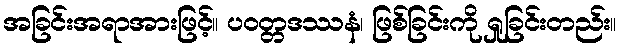
အခြင်းအရာအားဖြင့်။ ပဝတ္တဒဿနံ၊ ဖြစ်ခြင်းကို ရှုခြင်းတည်း။